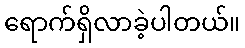
ရောက်ရှိလာခဲ့ပါတယ်။